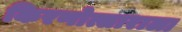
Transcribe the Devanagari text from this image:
किरणोत्साराला